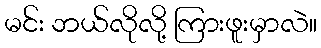
မင်း ဘယ်လိုလို့ ကြားဖူးမှာလဲ။